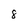
Character: 8